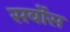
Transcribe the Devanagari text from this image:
सर्वोस